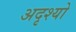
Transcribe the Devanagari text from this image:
अदृश्यो